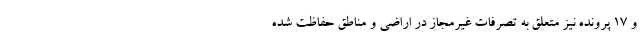
و ۱۷ پرونده نیز متعلق به تصرفات غیرمجاز در اراضی و مناطق حفاظت شده